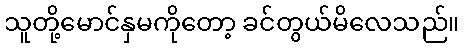
သူတို့မောင်နှမကိုတော့ ခင်တွယ်မိလေသည်။